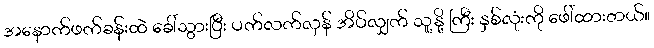
အနောက်ဖက်ခန်းထဲ ခေါ်သွားပြီး ပက်လက်လှန် အိပ်လျှက် သူ့နို့ ကြီး နှစ်လုံးကို ဖေါ်ထားတယ်။